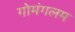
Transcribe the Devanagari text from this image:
गोमंगलम